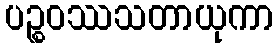
ပဉ္စဝဿသတာယုကာ